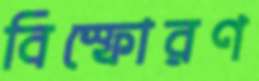
বিস্ফোরণ